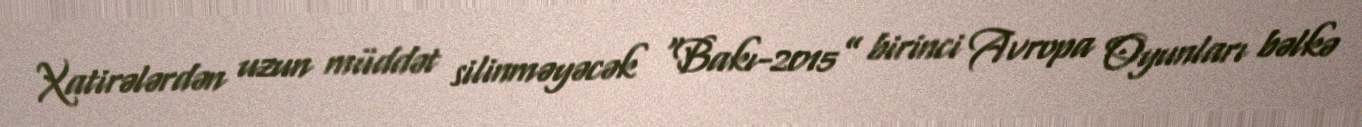
Xatirələrdən uzun müddət silinməyəcək “Bakı-2015” birinci Avropa Oyunları bəlkə